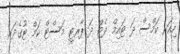
ހިއަރ ކަމްސް ދަ ޓައިމް ދެޓް ދަ ޕާރޓީ މަސްޓް ކަމް ޓުގެދަރ